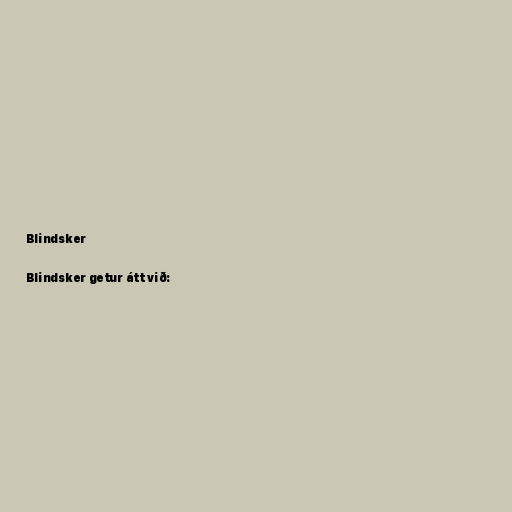
Blindsker

Blindsker getur átt við: